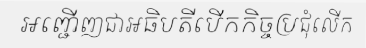
អញ្ជើញជាអធិបតីបើកកិច្ចប្រជុំលើក